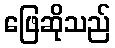
ဖြေဆိုသည်